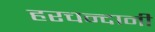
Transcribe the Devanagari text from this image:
हरचन्दानी